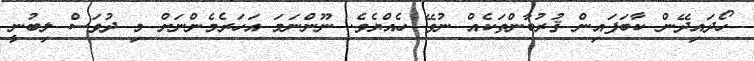
ހޯދައިދޭން ކާބަފައިން ޤުރުބާންތަކެއް ނުވޭ ހެއްޔެވެ. ނޫންނަމަ އަހަރެމެންނަށް މި ދުވަސް ލިބުނީ